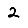
Digit: 2